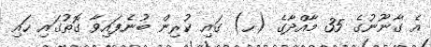
އެ ގާނޫނުގެ 35 މާއްދާގެ (ހ) ގައި ކުރިން ބުނެފައިވާ ގޮތުގައި ހައި